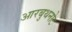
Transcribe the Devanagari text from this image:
आरबुथनोट